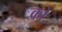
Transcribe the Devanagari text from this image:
को